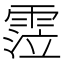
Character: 𩃜